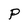
Character: P